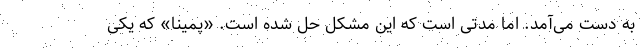
به دست می‌آمد. اما مدتی است که این مشکل حل شده است. «پمینا» که یکی